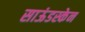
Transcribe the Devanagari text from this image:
साऊंडस्केन